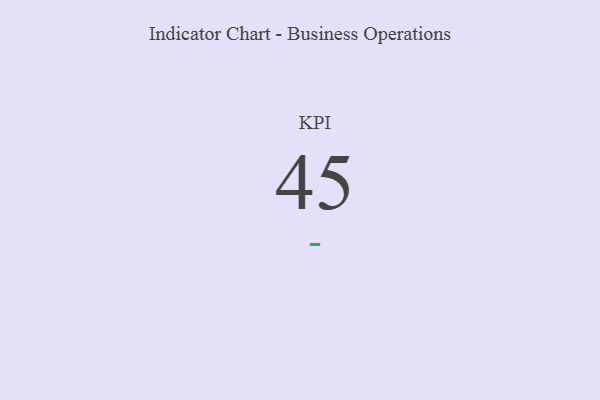
{"axis": {"x": "KPI", "y": "Value"}, "legend": [""], "data": [{"x": "KPI", "y": 45, "type": ""}]}